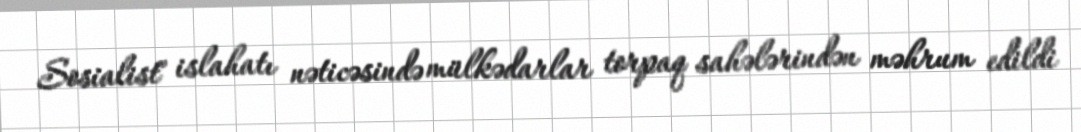
Sosialist" islahatı nəticəsində mülkədarlar torpaq sahələrindən məhrum edildi